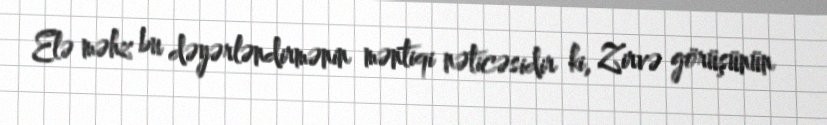
Elə məhz bu dəyərləndirmənin məntiqi nəticəsidir ki, Zirvə görüşünün